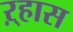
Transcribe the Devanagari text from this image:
ऱ्हास